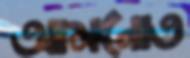
আমনোত